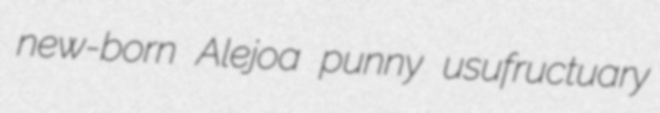
new-born Alejoa punny usufructuary